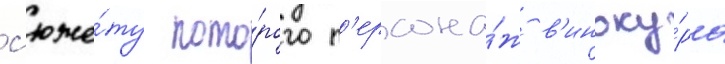
с'юже́ту кото́рого п'ерсона́ж в'иноку́ра